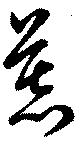
慕